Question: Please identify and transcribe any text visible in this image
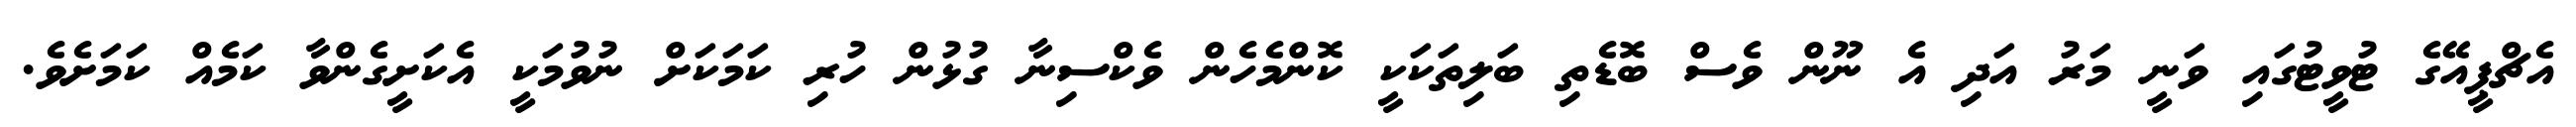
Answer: އެޗްޕީއޭގެ ޓުވީޓުގައި ވަނީ މަރު އަދި އެ ނޫން ވެސް ބޮޑެތި ބަލިތަކަކީ ކޮންމެހެން ވެކްސިނާ ގުޅުން ހުރި ކަމަކަށް ނުވުމަކީ އެކަށީގެންވާ ކަމެއް ކަމަށެވެ.